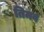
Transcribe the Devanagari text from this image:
तिमव